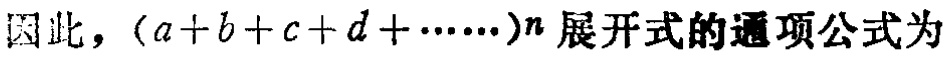
因此，\((a + b + c + d + \cdots)^n\)展开式的通项公式为